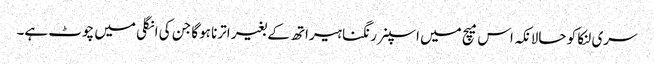
سری لنکا کو حالانکہ اس میچ میں اسپنر رنگنا ہیراتھ کے بغیر اترنا ہوگا جن کی انگلی میں چوٹ ہے۔